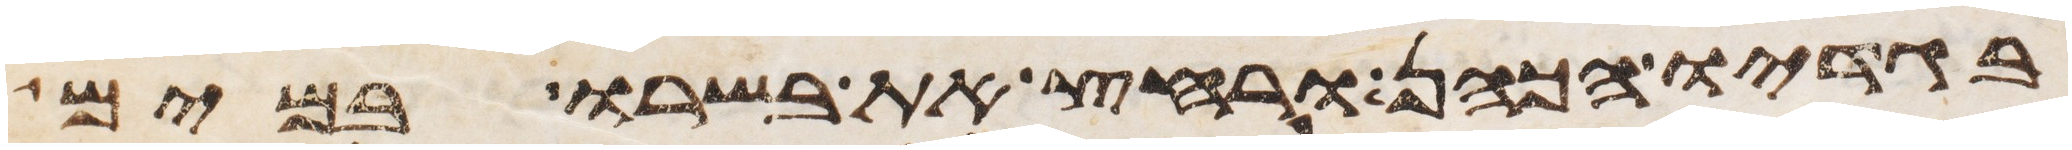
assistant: בגדיו הכהן ורחץ את בשרו במים